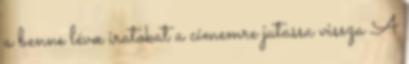
a benne lévœ iratokat a címemre jutassa vissza A